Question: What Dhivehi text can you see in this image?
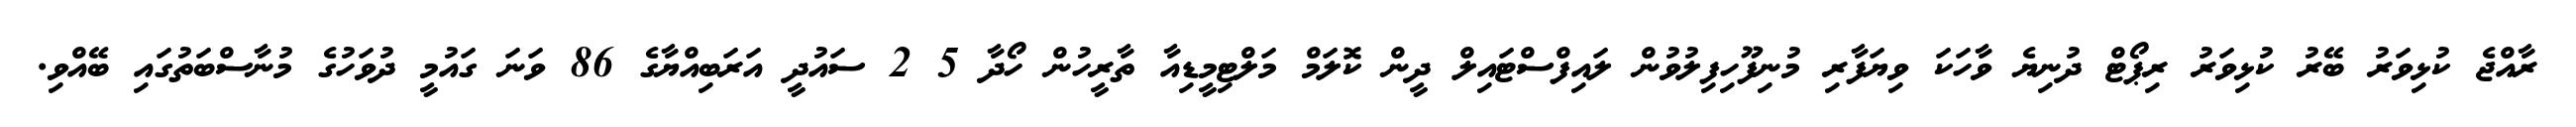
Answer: ރާއްޖެ ކުޅިވަރު ބޭރު ކުޅިވަރު ރިޕޯޓް ދުނިޔެ ވާހަކަ ވިޔަފާރި މުނިފޫހިފިލުވުން ލައިފްސްޓައިލް ދީން ކޮލަމް މަލްޓިމީޑިއާ ތާރީހުން ހޯދާ 5 2 ސައުދީ އަރަބިއްޔާގެ 86 ވަނަ ގައުމީ ދުވަހުގެ މުނާސްބަތުގައި ބޭއްވި.